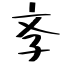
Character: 斈